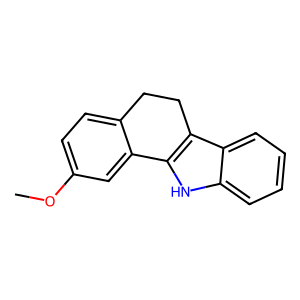
SMILES: COc1ccc2c(c1)-c1[nH]c3ccccc3c1CC2
Inhibits HIV replication: No